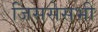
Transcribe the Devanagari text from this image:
जिससेसभी